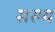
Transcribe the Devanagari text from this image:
सरम्य